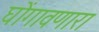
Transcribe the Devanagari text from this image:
घोंगावणारा